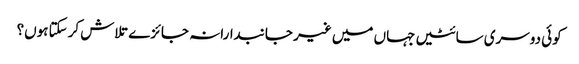
کوئی دوسری سائٹیں جہاں میں غیر جانبدارانہ جائزے تلاش کرسکتا ہوں؟